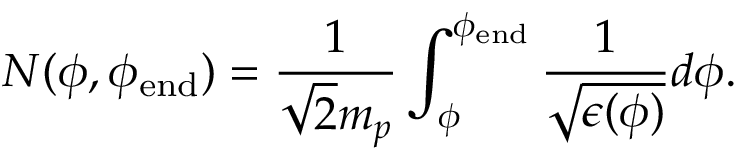
N ( \phi , \phi _ { \mathrm { e n d } } ) = \frac { 1 } { \sqrt { 2 } m _ { p } } \int _ { \phi } ^ { \phi _ { \mathrm { e n d } } } \frac { 1 } { \sqrt { \epsilon ( \phi ) } } d \phi .